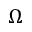
\Omega